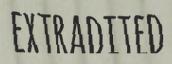
EXTRADITED